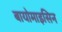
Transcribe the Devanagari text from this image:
बायोमाइसिन